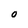
Character: 0